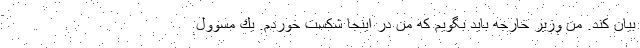
بيان كند. من وزير خارجه بايد بگويم كه من در اينجا شكست خوردم. يك مسوول